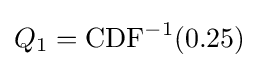
Q_{1}={\text{CDF}}^{-1}(0.25)